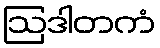
ဩဒါတကံ